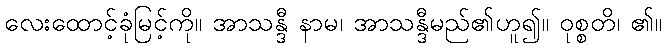
လေးထောင့်ခုံမြင့်ကို။ အာသန္ဒီ နာမ၊ အာသန္ဒီမည်၏ဟူ၍။ ဝုစ္စတိ၊ ၏။